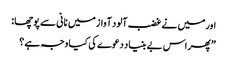
اورمیں نے غضب آلود آواز میں نانی سے پوچھا :
”پھر اس بے بنیاد دعوے کی کیا وجہ ہے ؟